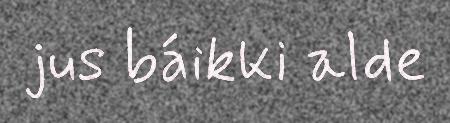
jus báikki alde